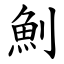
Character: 魝